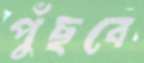
পুঁছবে